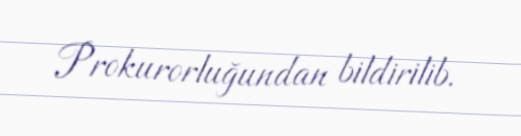
Prokurorluğundan bildirilib.